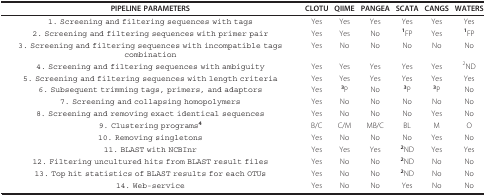
<table><thead><tr><td><b>PIPELINE PARAMETERS</b></td><td><b>CLOTU</b></td><td><b>QIIME</b></td><td><b>PANGEA</b></td><td><b>SCATA</b></td><td><b>CANGS</b></td><td><b>WATERS</b></td></tr></thead><tbody><tr><td>1. Screening and filtering sequences with tags</td><td>Yes</td><td>Yes</td><td>Yes</td><td>Yes</td><td>Yes</td><td>Yes</td></tr><tr><td>2. Screening and filtering sequences with primer pair</td><td>Yes</td><td>Yes</td><td>No</td><td><sup><b>1</b></sup>FP</td><td>Yes</td><td><sup><b>1</b></sup>FP</td></tr><tr><td>3. Screening and filtering sequences with incompatible tags combination</td><td>Yes</td><td>No</td><td>No</td><td>No</td><td>No</td><td>No</td></tr><tr><td>4. Screening and filtering sequences with ambiguity</td><td>Yes</td><td>Yes</td><td>Yes</td><td>Yes</td><td>Yes</td><td><sup>2</sup>ND</td></tr><tr><td>5. Screening and filtering sequences with length criteria</td><td>Yes</td><td>Yes</td><td>Yes</td><td>Yes</td><td>Yes</td><td>Yes</td></tr><tr><td>6. Subsequent trimming tags, primers, and adaptors</td><td>Yes</td><td><sup><b>3</b></sup>P</td><td>No</td><td><sup><b>3</b></sup>P</td><td><sup><b>3</b></sup>P</td><td>No</td></tr><tr><td>7. Screening and collapsing homopolymers</td><td>Yes</td><td>No</td><td>No</td><td>No</td><td>No</td><td>No</td></tr><tr><td>8. Screening and removing exact identical sequences</td><td>Yes</td><td>No</td><td>No</td><td>No</td><td>Yes</td><td>No</td></tr><tr><td>9. Clustering programs<sup><b>4</b></sup></td><td>B/C</td><td>C/M</td><td>MB/C</td><td>BL</td><td>M</td><td>O</td></tr><tr><td>10. Removing singletons</td><td>Yes</td><td>No</td><td>No</td><td>No</td><td>Yes</td><td>No</td></tr><tr><td>11. BLAST with NCBInr</td><td>Yes</td><td>Yes</td><td>Yes</td><td><sup><b>2</b></sup>ND</td><td>Yes</td><td>Yes</td></tr><tr><td>12. Filtering uncultured hits from BLAST result files</td><td>Yes</td><td>No</td><td>No</td><td><sup><b>2</b></sup>ND</td><td>No</td><td>No</td></tr><tr><td>13. Top hit statistics of BLAST results for each OTUs</td><td>Yes</td><td>No</td><td>No</td><td><sup><b>2</b></sup>ND</td><td>No</td><td>No</td></tr><tr><td>14. Web-service</td><td>Yes</td><td>No</td><td>No</td><td>Yes</td><td>No</td><td>No</td></tr></tbody></table>